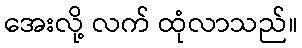
အေးလို့ လက် ထုံလာသည်။